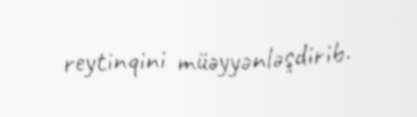
reytinqini müəyyənləşdirib.